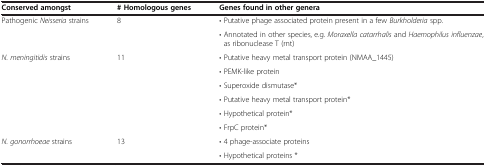
<table><thead><tr><td><b>Conserved amongst</b></td><td><b># Homologous genes</b></td><td><b>Genes found in other genera</b></td></tr></thead><tbody><tr><td rowspan="2">Pathogenic <i>Neisseria</i> strains</td><td rowspan="2">8</td><td>• Putative phage associated protein present in a few <i>Burkholderia</i> spp.</td></tr><tr><td>• Annotated in other species, e.g. <i>Moraxella catarrhalis</i> and <i>Haemophilus influenzae</i>, as ribonuclease T (rnt)</td></tr><tr><td rowspan="6"><i>N. meningitidis</i> strains</td><td rowspan="6">11</td><td>• Putative heavy metal transport protein (NMAA_1445)</td></tr><tr><td>• PEMK-like protein</td></tr><tr><td>• Superoxide dismutase*</td></tr><tr><td>• Putative heavy metal transport protein*</td></tr><tr><td>• Hypothetical protein*</td></tr><tr><td>• FrpC protein*</td></tr><tr><td><i>N. gonorrhoeae</i> strains</td><td>13</td><td>• 4 phage-associate proteins</td></tr><tr><td> </td><td> </td><td>• Hypothetical proteins *</td></tr></tbody></table>